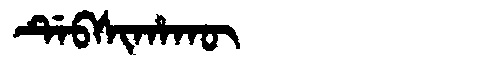
Manchu: ᡩᡝᠪᠰᡳᡥᠠᡴᡡ
Romanization: DEBSIHAKŪ